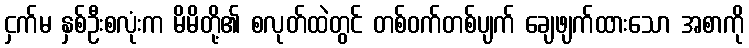
ငှက်မ နှစ်ဦးစလုံးက မိမိတို့၏ စလုတ်ထဲတွင် တစ်ဝက်တစ်ပျက် ချေဖျက်ထားသော အစာကို